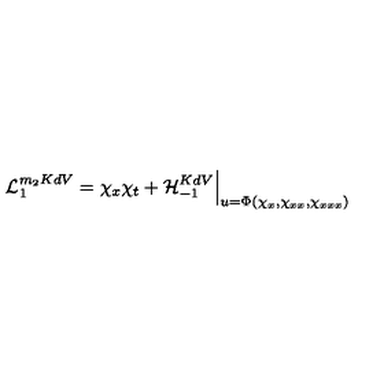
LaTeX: { \cal L } _ { 1 } ^ { m _ { 2 } K d V } = \chi _ { x } \chi _ { t } + { \cal H } _ { - 1 } ^ { K d V } \Big | _ { u = \Phi ( \chi _ { x } , \chi _ { x x } , \chi _ { x x x } ) }